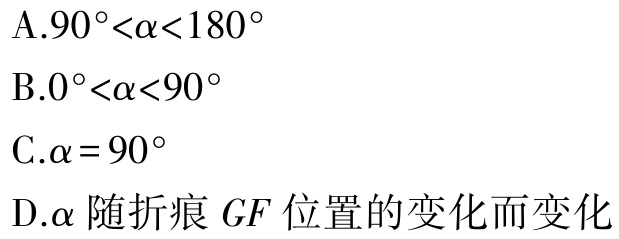
A.\(90^{\circ}<\alpha<180^{\circ}\)
B.\(0^{\circ}<\alpha<90^{\circ}\)
C.\(\alpha = 90^{\circ}\)
D.\(\alpha\)随折痕 \(GF\) 位置的变化而变化